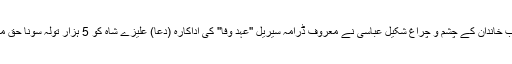
19 نومبر 2019ء) : بہاولپور کے نواب خاندان کے چشم و چراغ شکیل عباسی نے معروف ڈرامہ سیریل ''عہد وفا'' کی اداکارہ (دعا) علیزے شاہ کو 5 ہزار تولہ سونا حق مہر کے عوض شادی کی پیشکش کردی۔